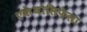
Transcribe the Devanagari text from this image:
एकेंथोसिफेला